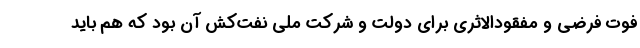
فوت فرضی و مفقودالاثری برای دولت و شرکت ملی نفت‌کش آن بود که هم باید